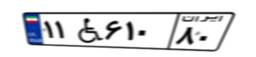
۱۱W۶۱۰۸۰